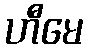
ဟီမေ